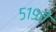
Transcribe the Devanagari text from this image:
५१९चे